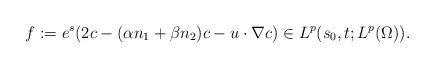
LaTeX: \begin{align*} f := e^s(2c -(\alpha n_1 + \beta n_2)c - u\cdot \nabla c) \in L^p(s_0,t;L^p(\Omega)). \end{align*}